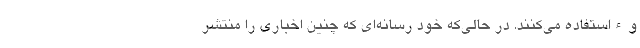
وءاستفاده می‌کنند. در حالی‌که خود رسانه‌ای که چنین اخباری را منتشر